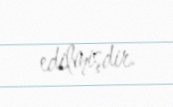
edilmişdir.